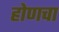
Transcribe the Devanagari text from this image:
होणचा